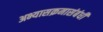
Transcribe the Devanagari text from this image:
अभ्यासक्रमासंबंधी